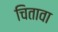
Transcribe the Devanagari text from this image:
चितावा